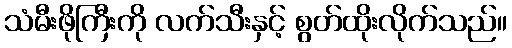
သံမီးဖိုကြီးကို လက်သီးနှင့် စွတ်ထိုးလိုက်သည်။